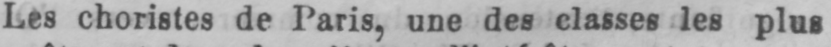
Les choristes de Paris, une des classes les plus